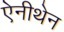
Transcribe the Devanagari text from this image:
ऐनीथेन